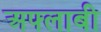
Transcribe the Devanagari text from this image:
अफ्लाबी